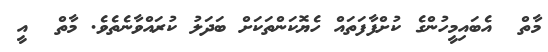
މާތް  އެބައިމީހުންގެ ކުށްފާފަތައް ހެޔޮކަންތަކަށް ބަދަލު ކުރައްވާނެތެވެ. މާތް  އީ